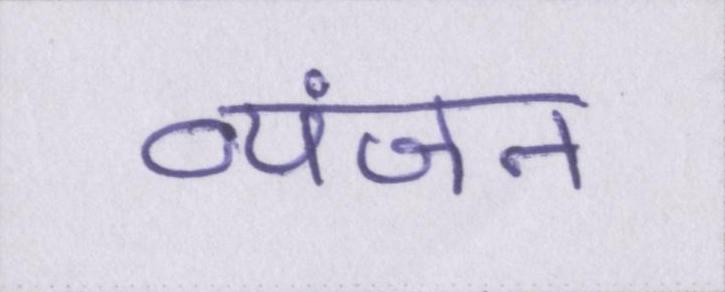
व्यंजन